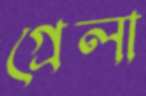
গ্রেলা